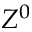
Z ^ { 0 }